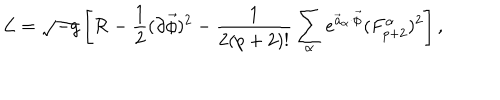
LaTeX: { \cal L } = \sqrt { - g } \left[ { \cal R } - { \frac { 1 } { 2 } } ( \partial \vec { \phi } ) ^ { 2 } - { \frac { 1 } { 2 ( p + 2 ) ! } } \sum _ { \alpha } e ^ { \vec { a } _ { \alpha } \cdot \vec { \phi } } ( F _ { p + 2 } ^ { \alpha } ) ^ { 2 } \right] ,